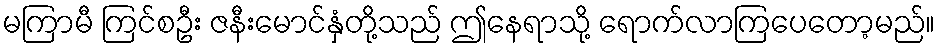
မကြာမီ ကြင်စဦး ဇနီးမောင်နှံတို့သည် ဤနေရာသို့ ရောက်လာကြပေတော့မည်။